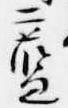
藍